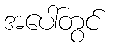
အပေါ်တွင်